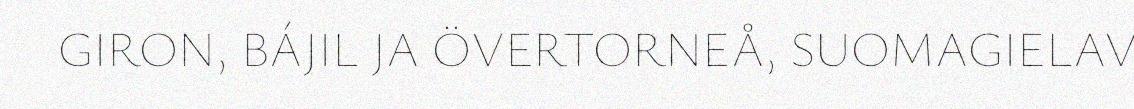
GIRON, BÁJIL JA ÖVERTORNEÅ, SUOMAGIELAV